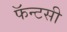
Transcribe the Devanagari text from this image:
फॅन्टसी